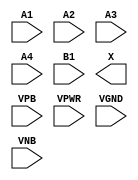
module sky130_fd_sc_ls__o41a (
    //# {{data|Data Signals}}
    input  A1  ,
    input  A2  ,
    input  A3  ,
    input  A4  ,
    input  B1  ,
    output X   ,

    //# {{power|Power}}
    input  VPB ,
    input  VPWR,
    input  VGND,
    input  VNB
);
endmodule